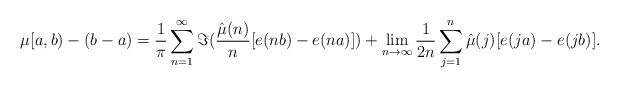
LaTeX: \begin{align*}~\mu[a,b)-(b-a)=\frac{1}{\pi}\sum_{n=1}^\infty\Im(\frac{\hat{\mu}(n)}{n}[e(nb)-e(na)])+\lim_{n\to \infty}\frac{1}{2n}\sum_{j=1}^n \hat{\mu}(j)[e(ja)-e(jb)].\end{align*}